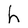
Character: h